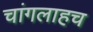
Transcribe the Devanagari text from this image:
चांगलाहच